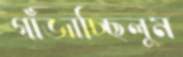
গাঁজাচ্ছিলুম